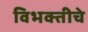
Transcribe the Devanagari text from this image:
विभक्तीचे